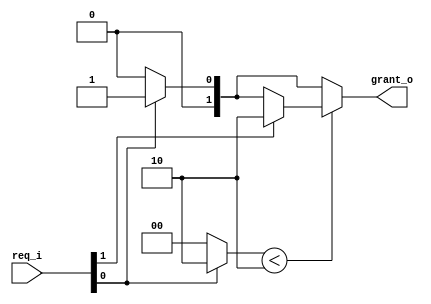
module high_prior_arbiter (
	req_i,
	grant_o
);
	parameter signed [31:0] N_OF_INPUTS = 2;
	input [N_OF_INPUTS - 1:0] req_i;
	output reg [N_OF_INPUTS - 1:0] grant_o;
	always @(*) begin : sv2v_autoblock_1
		reg [0:1] _sv2v_jump;
		_sv2v_jump = 2'b00;
		grant_o = 1'sb0;
		begin : sv2v_autoblock_2
			reg signed [31:0] i;
			for (i = 0; i < N_OF_INPUTS; i = i + 1)
				if (_sv2v_jump < 2'b10) begin
					_sv2v_jump = 2'b00;
					if (req_i[i[$clog2(N_OF_INPUTS) - 1:0]]) begin
						grant_o = 1 << i[$clog2(N_OF_INPUTS) - 1:0];
						_sv2v_jump = 2'b10;
					end
				end
			if (_sv2v_jump != 2'b11)
				_sv2v_jump = 2'b00;
		end
	end
endmodule